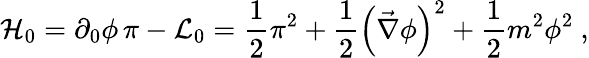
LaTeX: {\cal H}_{0}=\partial_{0}\phi\, \pi-{\cal L}_{0}=\frac{1}{2}\pi^{2}+\frac{1}{2}\left(\vec{\nabla}\phi\right)^{2}+\frac{1}{2}m^{2}\phi^{2}\ ,